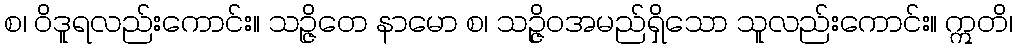
စ၊ ဝိဒူရလည်းကောင်း။ သဉ္ဇိဝော နာမော စ၊ သဉ္ဇိဝအမည်ရှိသော သူလည်းကောင်း။ ဣတိ၊